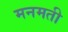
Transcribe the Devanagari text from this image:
मनमती